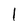
Character: l